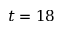
t = 1 8